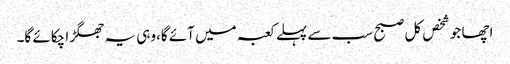
اچھا جو شخص کل صبح سب سے پہلے کعبہ میں آئے گا،وہی یہ جھگڑا چکائے گا۔